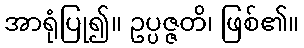
အာရုံပြု၍။ ဥပ္ပဇ္ဇတိ၊ ဖြစ်၏။